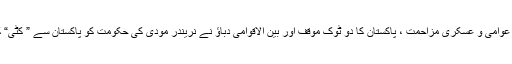
ان سارے عوامل یعنی مقبوضہ ریاست میں عوامی و عسکری مزاحمت ، پاکستان کا دو ٹوک موقف اور بین الاقوامی دباﺅ نے نریندر مودی کی حکومت کو پاکستان سے ” کُٹی“ کرنے کی پالیسی ختم کرنے پر مجبور کیا ۔